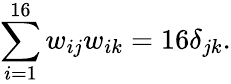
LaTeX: \sum_{i=1}^{16}w_{ij}w_{ik}=16\delta_{jk}.